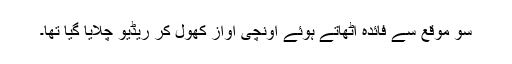
سو موقع سے فائدہ اٹھاتے ہوئے اونچی آواز کھول کر ریڈیو چلایا گیا تھا۔